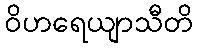
ဝိဟရေယျာသီတိ